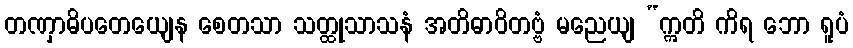
တဏှာဓိပတေယျေန စေတသာ သတ္ထုသာသနံ အတိဓာဝိတဗ္ဗံ မညေယျ “ဣတိ ကိရ ဘော ရူပံ